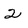
Character: 2